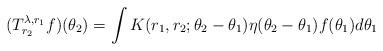
LaTeX: \begin{align*}(T^{\lambda,r_1}_{r_2}f)(\theta_2) = \int K(r_1,r_2;\theta_2-\theta_1)\eta(\theta_2-\theta_1)f(\theta_1)d\theta_1\end{align*}